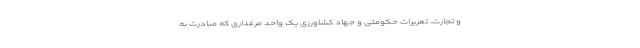
و تجارت، تعزیرات حکومتی و جهاد کشاورزی یک واحد مرغداری که مبادرت به